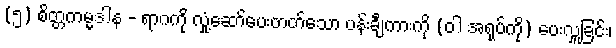
(၅) စိတ္တကမ္မဒါန - ရာဂကို လှုံ့ဆော်ပေးတတ်သော ပန်းချီကားကို (ဝါ အရုပ်ကို) ပေးလှူခြင်း၊